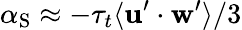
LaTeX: \alpha_{\mathrm{S}}\approx-\tau_{t}\langle\mathbf{u}^{\prime}\cdot\mathbf{w}^{\prime}\rangle/3